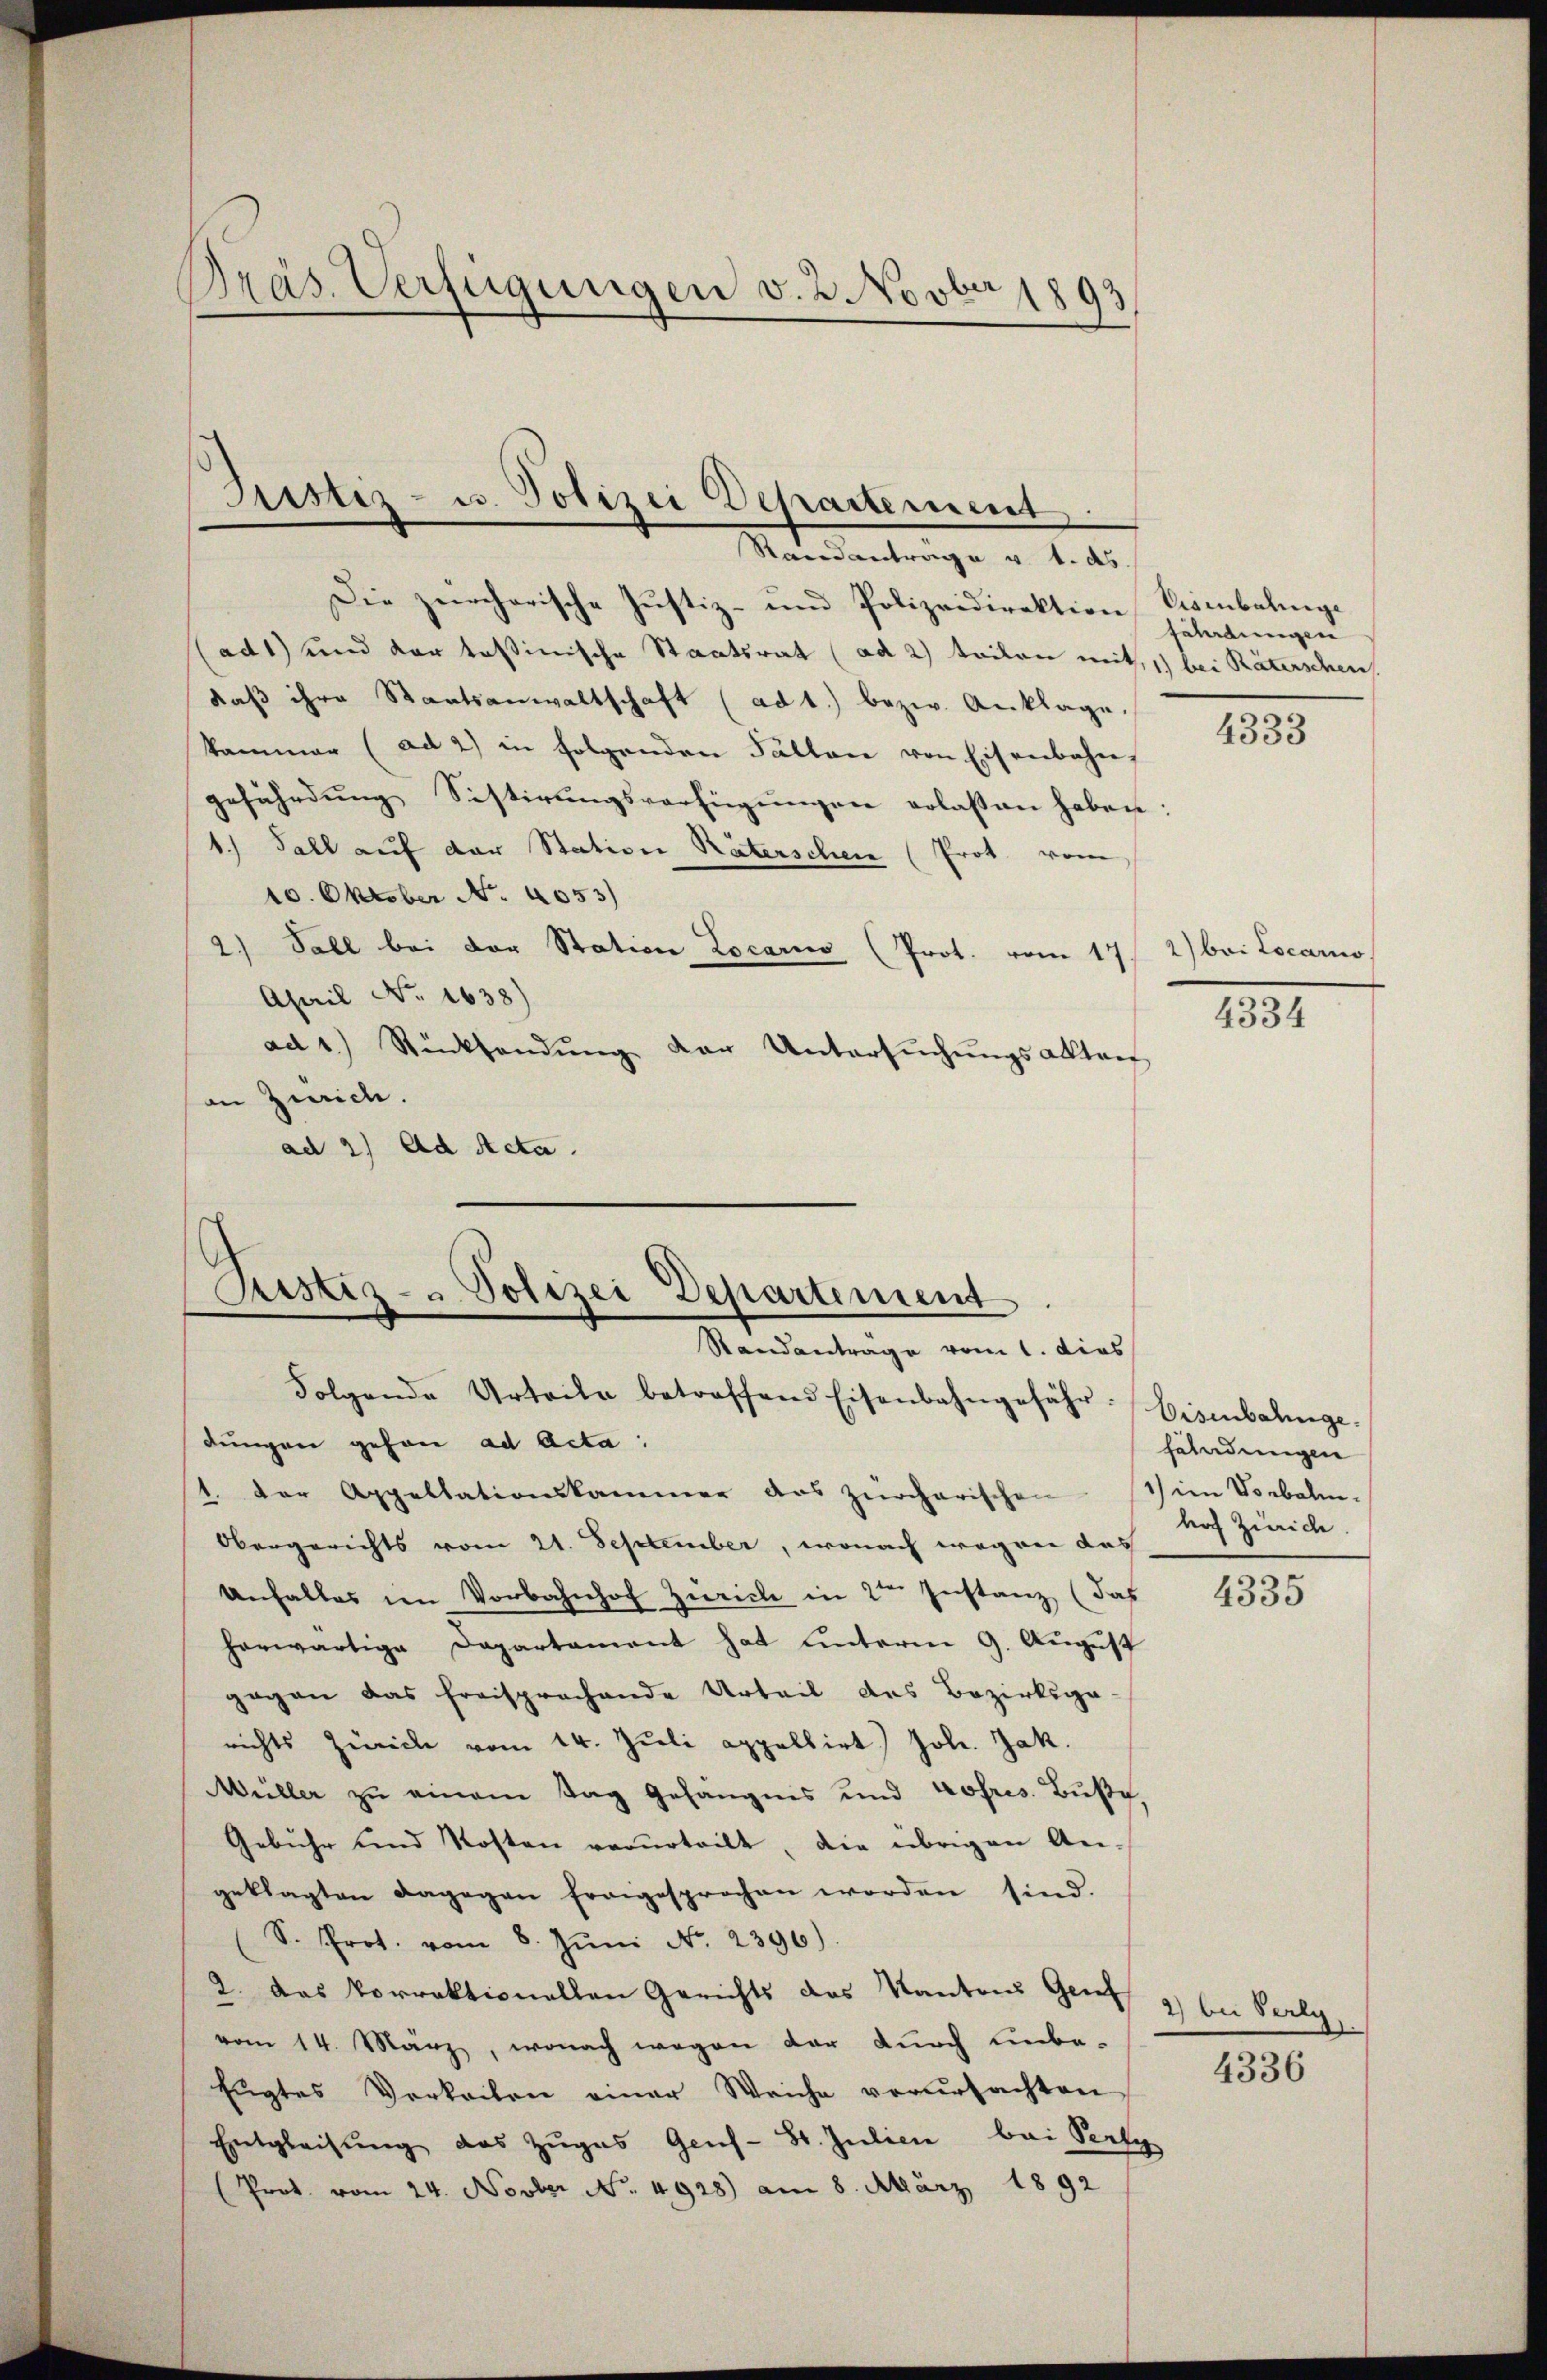
Dräs. Verfügungen v. 2. Novber 1893

Justiz- u. Polizei Departement
Mandentrage u. d. d.

Die zürcherische Justiz- und Polizeidirektion Kisenbalinge
(ad1) und der tessinische Staatsrat (ad 2) teilen mit,1) bei Räterschen
daβ ihre Staatsanwaltschaft (ad 1.) bezw. Anklage.
kammer (ad 2) in folgenden Fällen von Eisenbahn,
gefährdung Sistirungsverfügungen erlassen haben:
1.) Fall auf der Station Räterschen (Prot. vom
10. Oktober No 4053)
2.) Soll bei der Station Locario (Prot. vom 17. 2) bei Locarno
April No. 1638)
ad 1.) Rücksendŭng der Untersŭchŭngsakten
an Zürich.
ad 2) Ad Acta.

Justiz- & Polizei Departement
Randanträge vom 1. dies

Folgende Urteile betroffend Eisenbahngefähr Eisenbahnge-
dungen gehen ad Acta:
1. Der Appellationskammer das zürcherischen im Vorbal-
Obergerichts vom 21. September, wonach wegen das
Anfalles in Vorbahnhof Zürich in 2ten Instanz (das
herwärtige Departament hat unterm 9. August
gegen das freisprachende Urteil des Bezirksge-
nichts Zürich vom 14. Jŭli appellirt Joh. Jak.
Müller zu einem Tag Gefängnis und hofres. Buße
Gebühr und Kosten verurteilt, die übrigen An-
geklagten dagegen fragesprochen worden sind.
S. Prot. vom 8. Jŭni No. 2396).
2. Das Vorrektionellen Gerichts des Kantons Genf 9) bei Perly
vom 14. März, wonach wegen der durch unbe-
Eugtes Verkeiten einer Weiche verursachten
Entgleitŭng des Zŭgas Gens- St. Julien bei Pers
Prot. vom 24. Novber No. 4928) am 8. März 1892

fährdungen

4333

4334

fändungen
hof Zürich

4335

4336